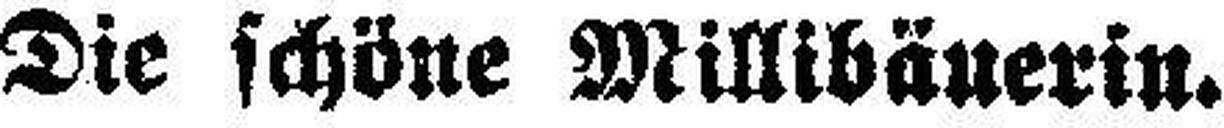
Die schöne Millibäuerin.